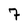
Character: 7